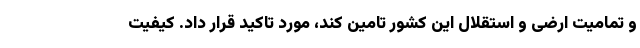
و تمامیت ارضی و استقلال این کشور تامین کند، مورد تاکید قرار داد. کیفیت